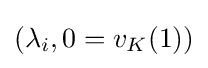
(\lambda _{i},0=v_{K}(1))